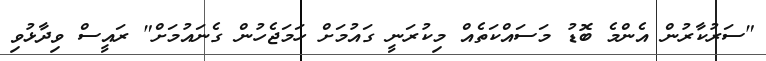
"ސަރުކާރުން އެންމެ ބޮޑު މަސައްކަތެއް މިކުރަނީ ގައުމަށް ހަމަޖެހުން ގެނައުމަށް" ރައީސް ވިދާޅުވި